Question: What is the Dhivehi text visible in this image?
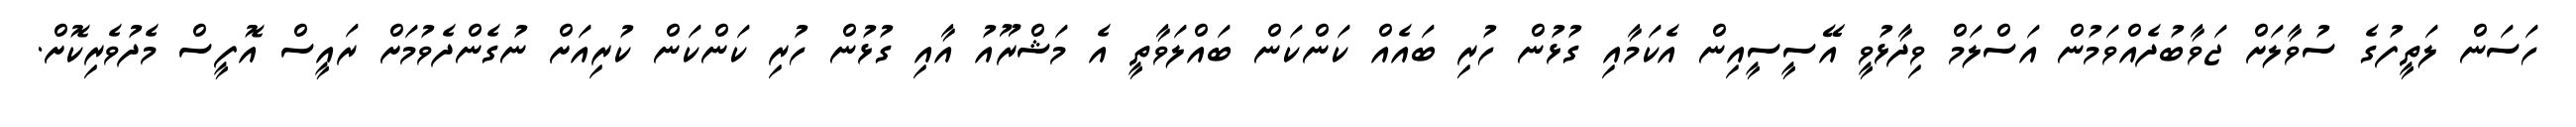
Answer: ހަސަން ލަތީފުގެ ސުވާލަށް ޖަވާބުދެއްވަމުން އަސްލަމް ވިދާޅުވީ އޭސީސީއިން އެކަމާއި ގުޅުން ހުރި ބައެއް ކަންކަން ބައްލަވާތީ އެ މަޝްރޫއު އާއި ގުޅުން ހުރި ކަންކަން ކުރިއަށް ނުގެންދެވުމަށް ރައީސް އޮފީސް މެދުވެރިކޮށް.